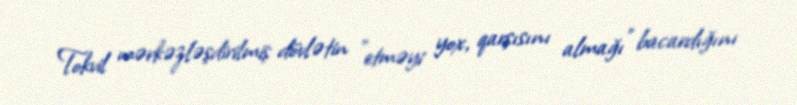
Tokvil mərkəzləşdirilmiş dövlətin "etməyi yox, qarşısını almağı" bacardığını